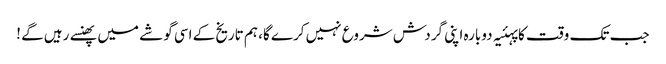
جب تک وقت کا پہئیہ دوبارہ اپنی گردش شروع نہیں کرے گا، ہم تاریخ کے اسی گوشے میں پھنسے رہیں گے !